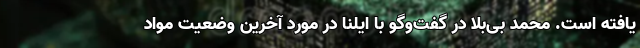
یافته است. محمد بی‌بلا در گفت‌وگو با ایلنا در مورد آخرین وضعیت مواد